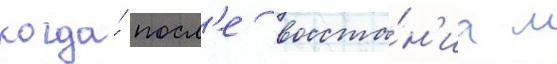
когда́ посл'е восста́н'иа м